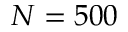
N = 5 0 0